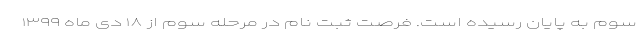
سوم به پایان رسیده است. فرصت ثبت نام در مرحله سوم از ۱۸ دی ماه ۱۳۹۹